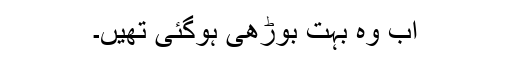
اب وہ بہت بوڑھی ہوگئی تھیں۔